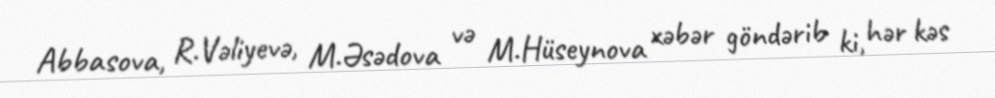
Abbasova, R.Vəliyevə, M.Əsədova və M.Hüseynova xəbər göndərib ki, hər kəs